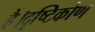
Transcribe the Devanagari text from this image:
है।दृष्टिकोण